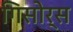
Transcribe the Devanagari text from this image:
गिसोर्स